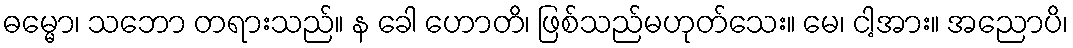
ဓမ္မော၊ သဘော တရားသည်။ န ခေါ ဟောတိ၊ ဖြစ်သည်မဟုတ်သေး။ မေ၊ ငါ့အား။ အညောပိ၊